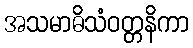
အသမာဓိသံဝတ္တနိကာ